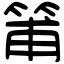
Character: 𥮉